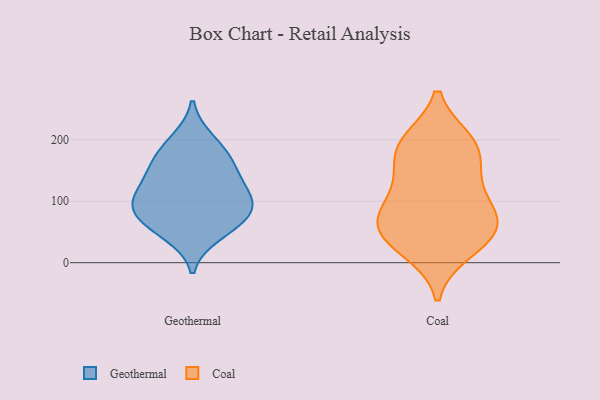
{"axis": {"x": "LTV (USD)", "y": "Value"}, "legend": ["Coal", "Geothermal"], "data": [{"x": "", "y": 106, "type": "Geothermal"}, {"x": "", "y": 47, "type": "Geothermal"}, {"x": "", "y": 92, "type": "Geothermal"}, {"x": "", "y": 116, "type": "Geothermal"}, {"x": "", "y": 96, "type": "Geothermal"}, {"x": "", "y": 176, "type": "Geothermal"}, {"x": "", "y": 66, "type": "Geothermal"}, {"x": "", "y": 199, "type": "Geothermal"}, {"x": "", "y": 147, "type": "Geothermal"}, {"x": "", "y": 156, "type": "Geothermal"}, {"x": "", "y": 70, "type": "Geothermal"}, {"x": "", "y": 61, "type": "Coal"}, {"x": "", "y": 60, "type": "Coal"}, {"x": "", "y": 79, "type": "Coal"}, {"x": "", "y": 170, "type": "Coal"}, {"x": "", "y": 20, "type": "Coal"}, {"x": "", "y": 122, "type": "Coal"}, {"x": "", "y": 30, "type": "Coal"}, {"x": "", "y": 197, "type": "Coal"}, {"x": "", "y": 186, "type": "Coal"}, {"x": "", "y": 128, "type": "Coal"}, {"x": "", "y": 52, "type": "Coal"}, {"x": "", "y": 78, "type": "Coal"}, {"x": "", "y": 196, "type": "Coal"}]}